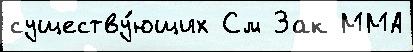
существу́ющих См Зак ММА